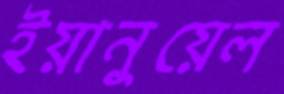
ইয়ানুয়েল